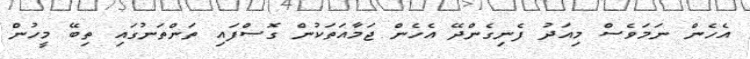
އެހެން ނަމަވެސް މިއަދު ފެނިގެންދޭ އެހެން ޖަމާއަތަކުން ގޮސްފައި ތަންތަނުގައި ތިބޭ މީހުން